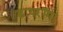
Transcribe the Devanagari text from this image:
डायरॉमा